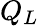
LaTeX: Q_{L}